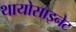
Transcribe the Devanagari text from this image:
थायोसाइनेट